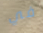
في